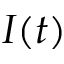
I ( t )